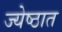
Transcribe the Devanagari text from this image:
ज्येष्ठात